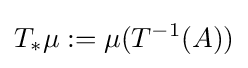
T_{*}\mu :=\mu (T^{-1}(A))